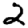
Digit: 2